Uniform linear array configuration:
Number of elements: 32
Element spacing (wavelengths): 1
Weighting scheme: blackman
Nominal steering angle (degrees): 0
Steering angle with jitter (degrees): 1.129
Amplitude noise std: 0.05
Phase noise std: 0.05

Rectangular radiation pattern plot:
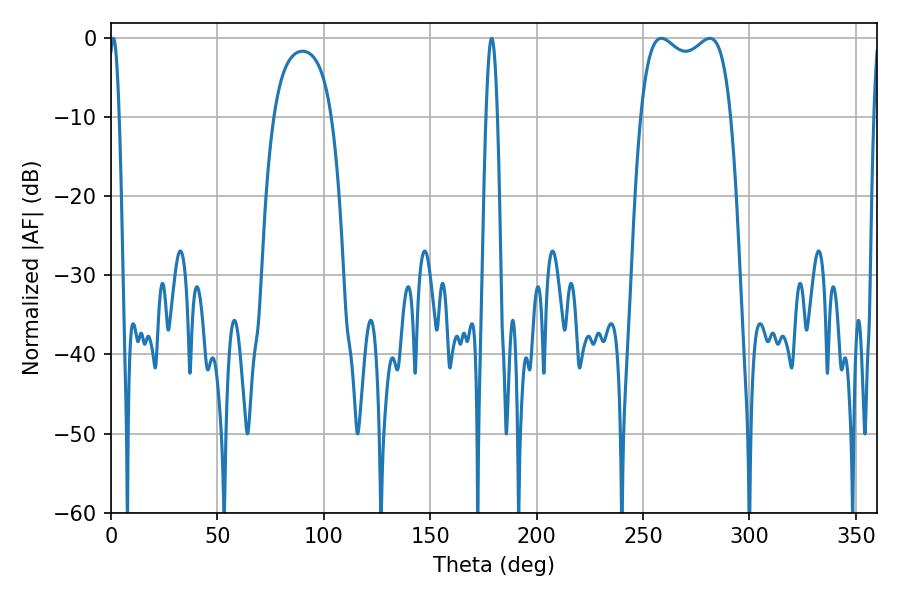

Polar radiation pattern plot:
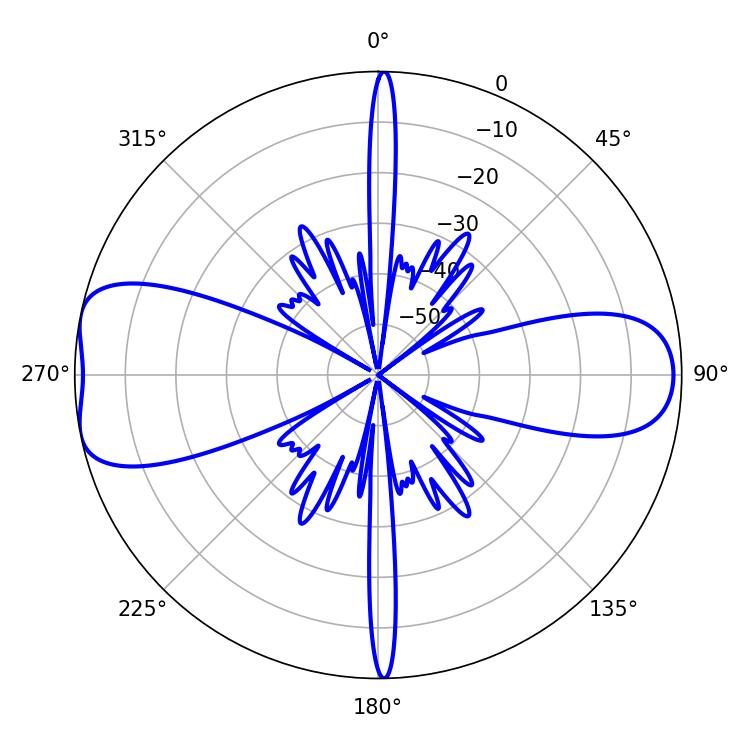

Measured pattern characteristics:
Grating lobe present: TRUE
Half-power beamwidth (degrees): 34.92
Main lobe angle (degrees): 258.66